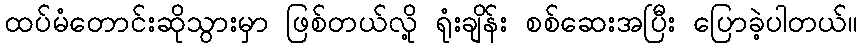
ထပ်မံတောင်းဆိုသွားမှာ ဖြစ်တယ်လို့ ရုံးချိန်း စစ်ဆေးအပြီး ပြောခဲ့ပါတယ်။